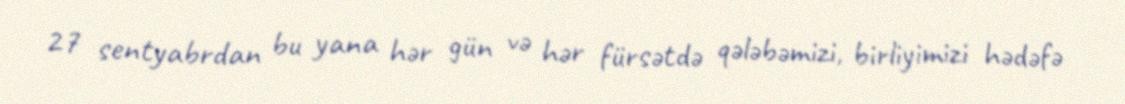
27 sentyabrdan bu yana hər gün və hər fürsətdə qələbəmizi, birliyimizi hədəfə